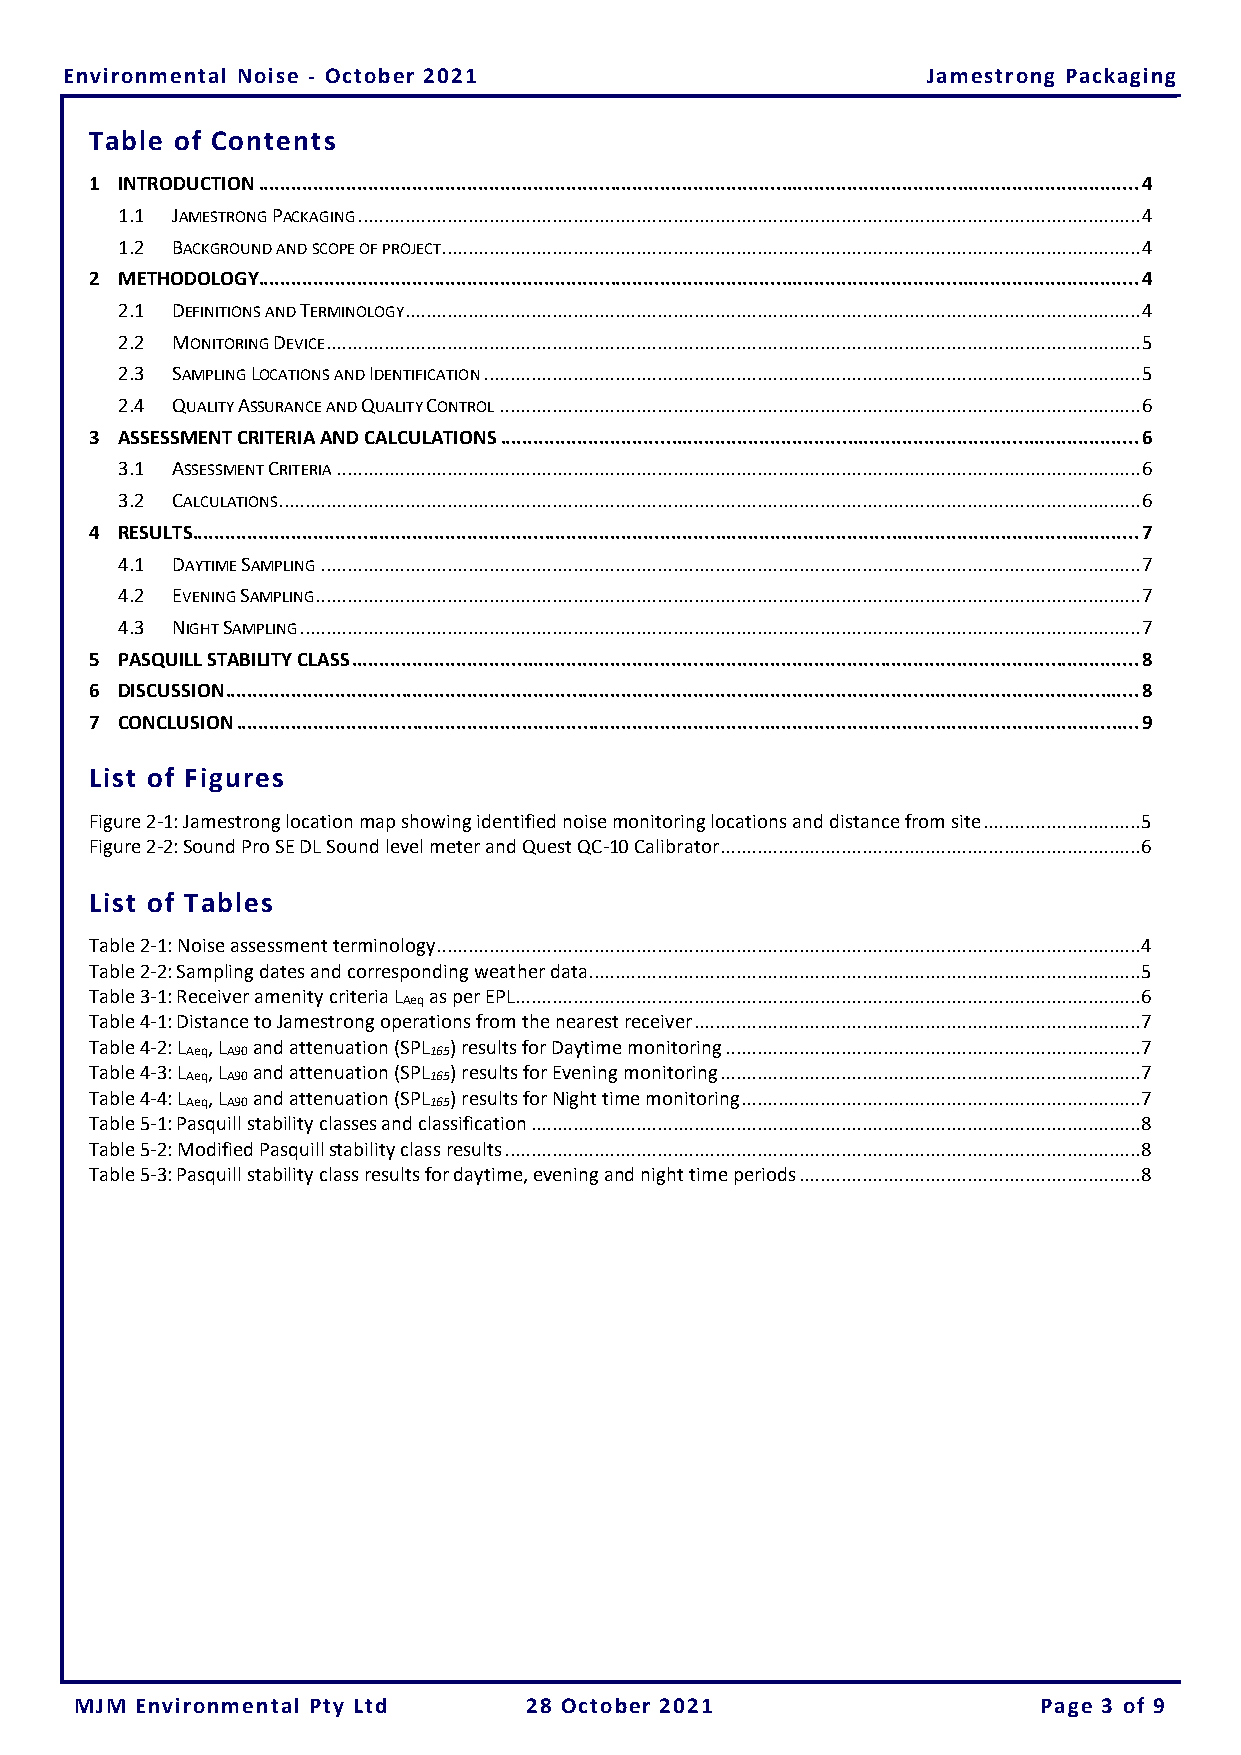
E nvironmental Noise - October 2021                      Jamestrong Packaging
 Table of Contents
 1 INTRODUCTION ................................................................................................................................................................ 4
 1.1 JAMESTRONG PACKAGING ..................................................................................................................................................... 4
 1.2 BACKGROUND AND SCOPE OF PROJECT ..................................................................................................................................... 4
 2 METHODOLOGY................................................................................................................................................................ 4
 2.1 DEFINITIONS AND TERMINOLOGY ............................................................................................................................................ 4
 2.2 MONITORING DEVICE ........................................................................................................................................................... 5
 2.3 SAMPLING LOCATIONS AND IDENTIFICATION ............................................................................................................................. 5
 2.4 QUALITY ASSURANCE AND QUALITY CONTROL .......................................................................................................................... 6
 3 ASSESSMENT CRITERIA AND CALCULATIONS .................................................................................................................... 6
 3.1 ASSESSMENT CRITERIA ......................................................................................................................................................... 6
 3.2 CALCULATIONS .................................................................................................................................................................... 6
 4 RESULTS............................................................................................................................................................................ 7
 4.1 DAYTIME SAMPLING ............................................................................................................................................................ 7
 4.2 EVENING SAMPLING ............................................................................................................................................................. 7
 4.3 NIGHT SAMPLING ................................................................................................................................................................ 7
 5 PASQUILL STABILITY CLASS ............................................................................................................................................... 8
 6 DISCUSSION ...................................................................................................................................................................... 8
 7 CONCLUSION .................................................................................................................................................................... 9
 List of Figures
 Figure 2-1: Jamestrong location map showing identified noise monitoring locations and distance from site .............................. 5
 Figure 2-2: Sound Pro SE DL Sound level meter and Quest QC-10 Calibrator ................................................................................ 6
 List of Tables
 Table 2-1: Noise assessment terminology ...................................................................................................................................... 4
 Table 2-2: Sampling dates and corresponding weather data ......................................................................................................... 5
 Table 3-1: Receiver amenity criteria L as per EPL....................................................................................................................... 6
 Aeq
 Table 4-1: Distance to Jamestrong operations from the nearest receiver ..................................................................................... 7
 Table 4-2: L , L and attenuation (SPL ) results for Daytime monitoring ............................................................................... 7
 Aeq A90         165
 Table 4-3: L , L and attenuation (SPL ) results for Evening monitoring ................................................................................ 7
 Aeq A90         165
 Table 4-4: L , L and attenuation (SPL ) results for Night time monitoring ............................................................................ 7
 Aeq A90         165
 Table 5-1: Pasquill stability classes and classification .................................................................................................................... 8
 Table 5-2: Modified Pasquill stability class results ......................................................................................................................... 8
 Table 5-3: Pasquill stability class results for daytime, evening and night time periods ................................................................. 8
 MJM Environmental Pty Ltd     28 October 2021                   Page 3 of 9